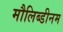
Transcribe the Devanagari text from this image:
मौलिब्डीनम